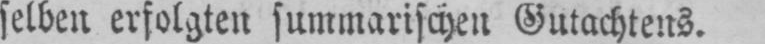
selben erfolgten summarischen Gutachtens.